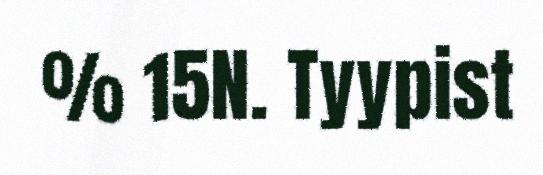
% 15N. Tyypist